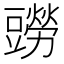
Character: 𧰎